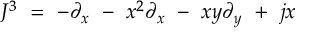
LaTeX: J ^ { 3 } \ = \ - \partial _ { x } \ - \ x ^ { 2 } \partial _ { x } \ - \ x y \partial _ { y } \ + \ j x